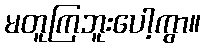
မတူကြဘူးပေါ့ကွာ။